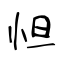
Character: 怛